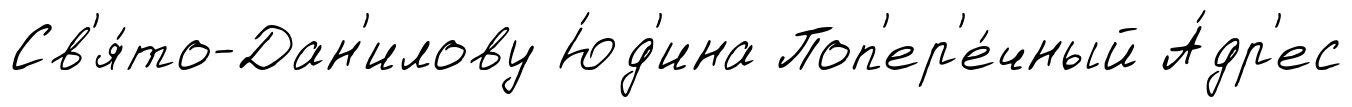
Св'я́то-Дан'илову Ю́д'ина Поп'ер'е́чный А́др'ес